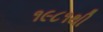
૧૯૮૧થી